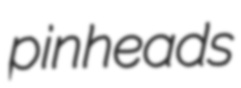
pinheads